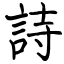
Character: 詩